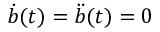
\dot { b } ( t ) = \ddot { b } ( t ) = 0